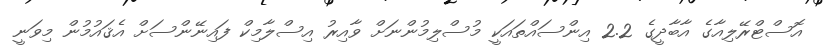
އޮސްޓްރޭލިއާގެ އާބާދީގެ 2.2 އިންސައްތައަކީ މުސްލިމުންނަށް ވާއިރު އިސްލާމިކް ފައިނޭންސަށް އެޤައުމުން މިވަނީ